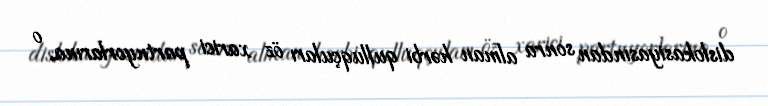
dislokasiyasından sonra alman hərbi qulluqçuları öz xarici partnyorlarına, o